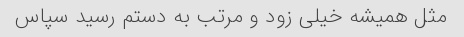
مثل همیشه خیلی زود و مرتب به دستم رسید سپاس